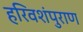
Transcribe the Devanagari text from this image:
हरिवशंपुराण